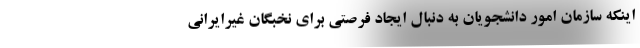
اینکه سازمان امور دانشجویان به دنبال ایجاد فرصتی برای نخبگان غیرایرانی